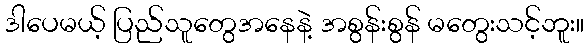
ဒါပေမယ့် ပြည်သူတွေအနေနဲ့ အစွန်းစွန် မတွေးသင့်ဘူး။